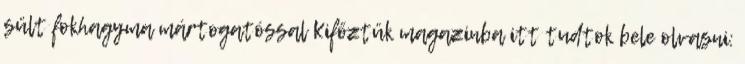
sült fokhagyma mártogatóssal Kifőztük magazinba itt tudtok bele olvasni: